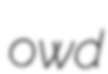
owd